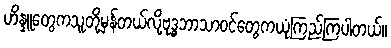
ဟိန္ဒူတွေကသူတို့မှန်တယ်လို့ဗုဒ္ဓဘာသာဝင်တွေကယုံကြည်ကြပါတယ်။